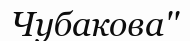
Чубакова''